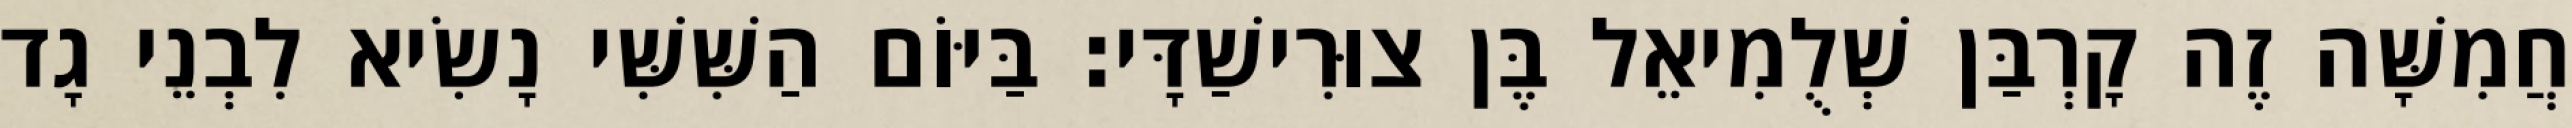
חֲמִשָּׁה זֶה קָרְבַּן שְׁלֻמִיאֵל בֶּן צוּרִישַׁדָּי׃ בַּיּוֹם הַשִּׁשִּׁי נָשִׂיא לִבְנֵי גָד